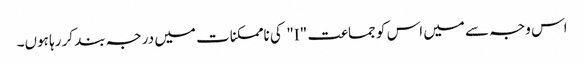
اس وجہ سے میں اس کو جماعت "I" کی ناممکنات میں درجہ بند کر رہا ہوں۔